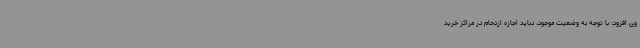
وی افزود: با توجه به وضعیت موجود، نباید اجازه ازدحام در مراکز خرید